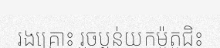
រងគ្រោះ រួចប្លន់យកម៉ូតូជិះ